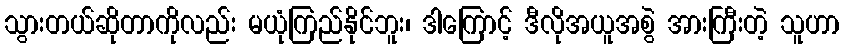
သွားတယ်ဆိုတာကိုလည်း မယုံကြည်နိုင်ဘူး၊ ဒါကြောင့် ဒီလိုအယူအစွဲ အားကြီးတဲ့ သူဟာ